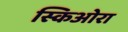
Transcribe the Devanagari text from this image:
स्किओरा